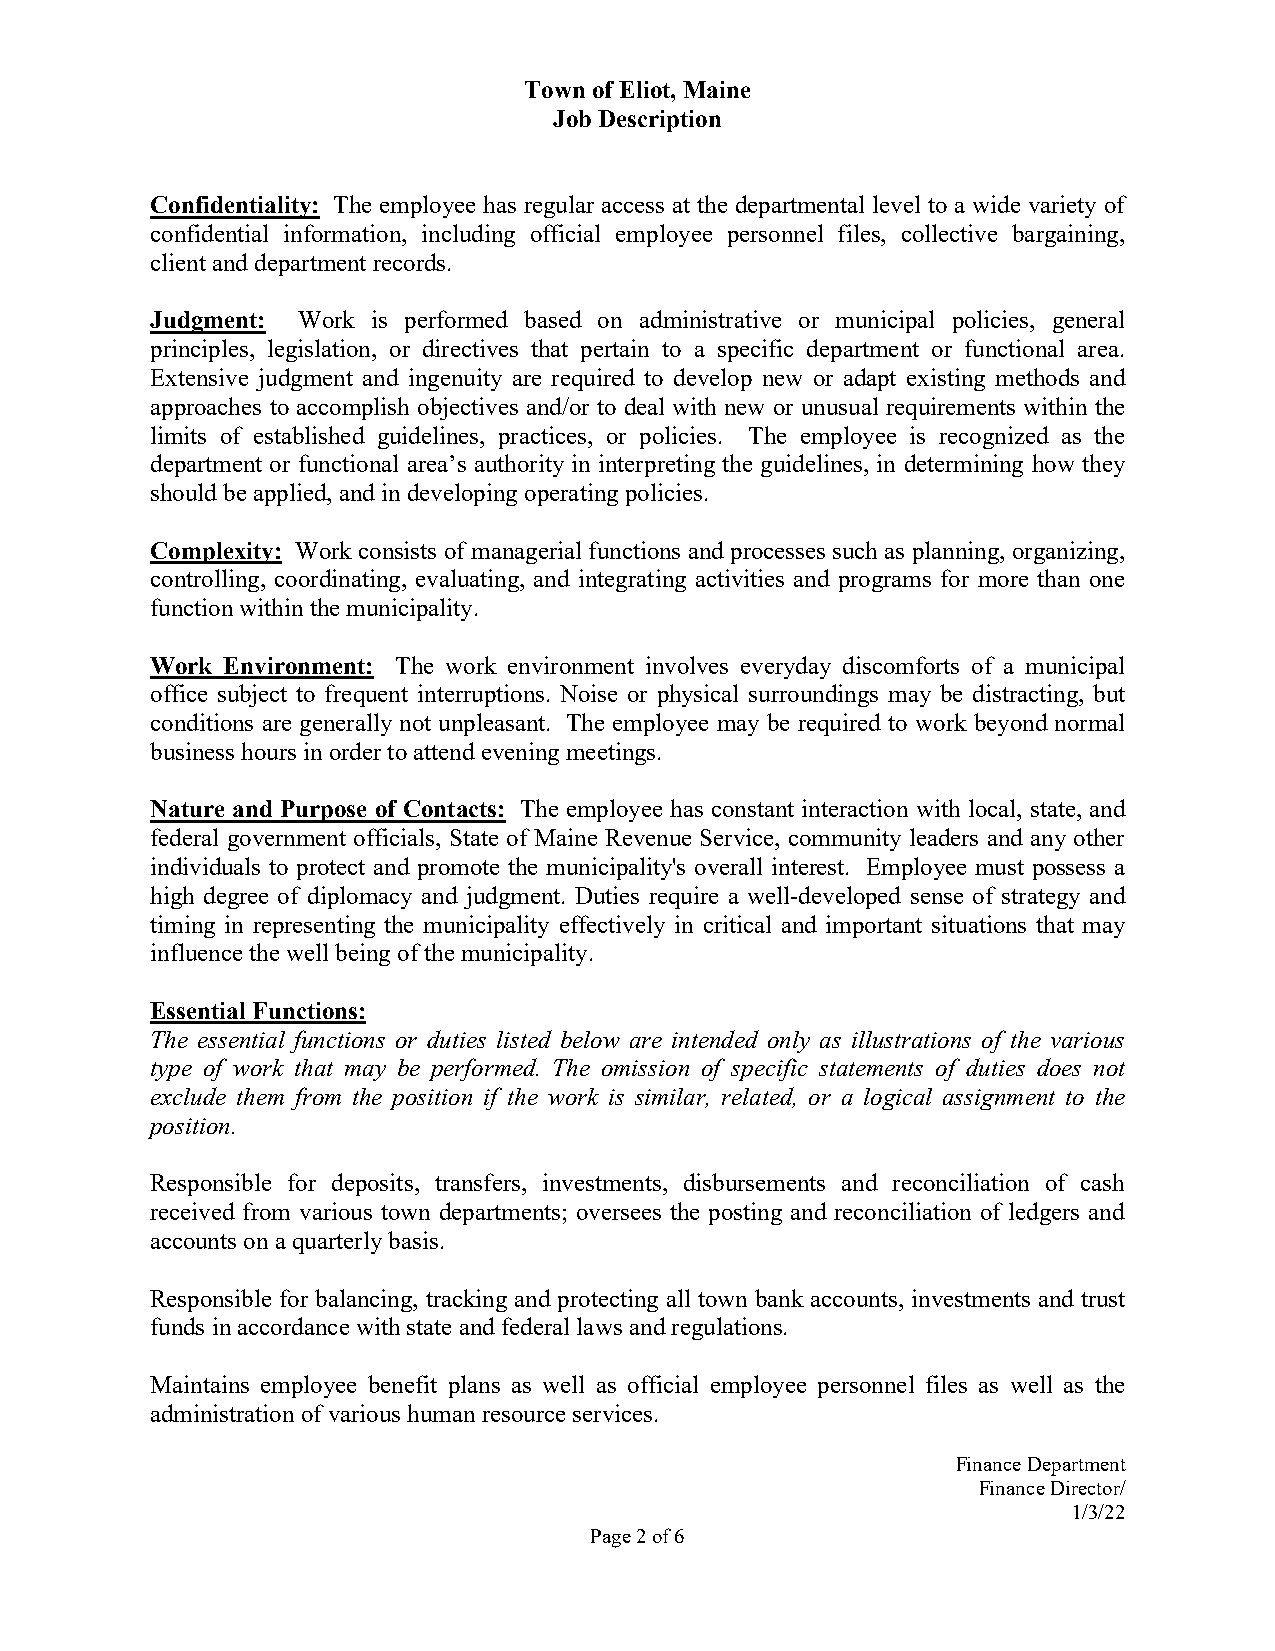
Town of Eliot, Maine
 Job Description
 Confidentiality: The employee has regular access at the departmental level to a wide variety of
 confidential information, including official employee personnel files, collective bargaining,
 client and department records.
 Judgment: Work is performed based on administrative or municipal policies, general
 principles, legislation, or directives that pertain to a specific department or functional area.
 Extensive judgment and ingenuity are required to develop new or adapt existing methods and
 approaches to accomplish objectives and/or to deal with new or unusual requirements within the
 limits of established guidelines, practices, or policies. The employee is recognized as the
 department or functional area’s authority in interpreting the guidelines, in determining how they
 should be applied, and in developing operating policies.
 Complexity: Work consists of managerial functions and processes such as planning, organizing,
 controlling, coordinating, evaluating, and integrating activities and programs for more than one
 function within the municipality.
 Work Environment: The work environment involves everyday discomforts of a municipal
 office subject to frequent interruptions. Noise or physical surroundings may be distracting, but
 conditions are generally not unpleasant. The employee may be required to work beyond normal
 business hours in order to attend evening meetings.
 Nature and Purpose of Contacts: The employee has constant interaction with local, state, and
 federal government officials, State of Maine Revenue Service, community leaders and any other
 individuals to protect and promote the municipality's overall interest. Employee must possess a
 high degree of diplomacy and judgment. Duties require a well-developed sense of strategy and
 timing in representing the municipality effectively in critical and important situations that may
 influence the well being of the municipality.
 Essential Functions:
 The essential functions or duties listed below are intended only as illustrations of the various
 type of work that may be performed. The omission of specific statements of duties does not
 exclude them from the position if the work is similar, related, or a logical assignment to the
 position.
 Responsible for deposits, transfers, investments, disbursements and reconciliation of cash
 received from various town departments; oversees the posting and reconciliation of ledgers and
 accounts on a quarterly basis.
 Responsible for balancing, tracking and protecting all town bank accounts, investments and trust
 funds in accordance with state and federal laws and regulations.
 Maintains employee benefit plans as well as official employee personnel files as well as the
 administration of various human resource services.
 Finance Department
 Finance Director/
 1/3/22
 Page 2 of 6